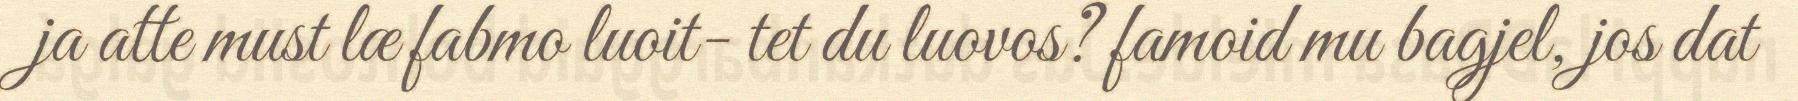
ja atte must læ fabmo luoit- tet du luovos? famoid mu bagjel, jos dat